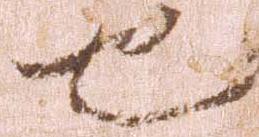
也